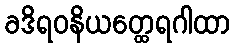
ခဒိရဝနိယတ္ထေရဂါထာ